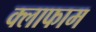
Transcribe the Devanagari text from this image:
क्लाफाम